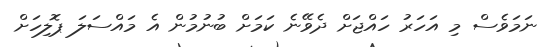
ނަމަވެސް މި އަހަރު ހައްޖަށް ދެވޭނެ ކަމަށް ބުނުމުން އެ މައްސަލަ ޕޮލިހަށް